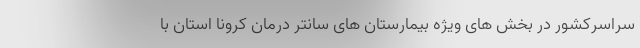
سراسرکشور در بخش های ویژه بیمارستان های سانتر درمان کرونا استان با